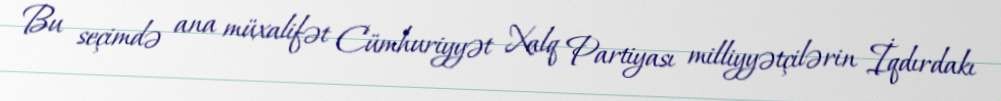
Bu seçimdə ana müxalifət Cümhuriyyət Xalq Partiyası milliyyətçilərin İqdırdakı